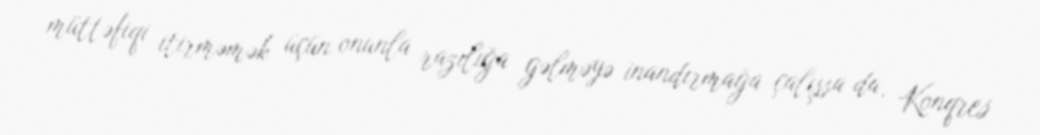
müttəfiqi itirməmək üçün onunla razılığa gəlməyə inandırmağa çalışsa da, Konqres